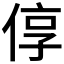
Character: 𫢷